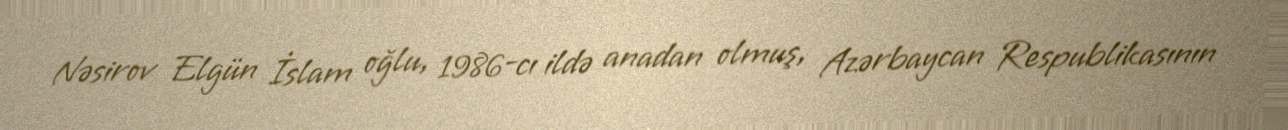
Nəsirov Elgün İslam oğlu, 1986-cı ildə anadan olmuş, Azərbaycan Respublikasının